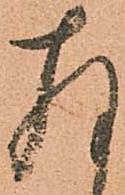
存